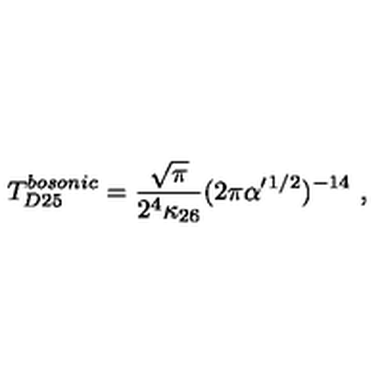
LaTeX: T _ { D 2 5 } ^ { b o s o n i c } = { \frac { \sqrt \pi } { 2 ^ { 4 } \kappa _ { 2 6 } } } ( 2 \pi \alpha ^ { \prime } { } ^ { 1 / 2 } ) ^ { - 1 4 } \ ,